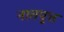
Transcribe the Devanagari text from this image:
नातपुत्त